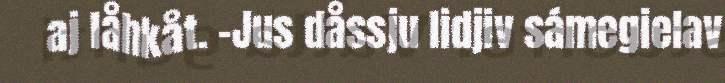
aj låhkåt. -Jus dåssju lidjiv sámegielav